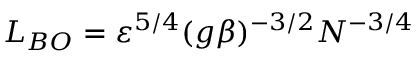
L _ { B O } = \varepsilon ^ { 5 / 4 } ( g \beta ) ^ { - 3 / 2 } N ^ { - 3 / 4 }